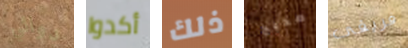
دوائي أكدوا ذلك صحيح فريقى